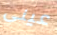
عينى